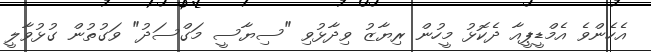
އެހެންވެ އެމްޑީޕީއާ ދެކޮޅު މީހުން ރިޔާޒު ވިދާޅުވި "ސިޔާސީ މަގްސަދު" ވަގުތުން ގުޅުވާލީ